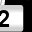
Digit: 2